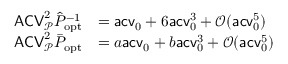
\begin{array} { r l } { \mathsf { A C V } _ { \mathcal P } ^ { 2 } \hat { P } _ { \mathrm { o p t } } ^ { - 1 } } & { = \mathsf { a c v } _ { 0 } + 6 \mathsf { a c v } _ { 0 } ^ { 3 } + \mathcal O ( \mathsf { a c v } _ { 0 } ^ { 5 } ) } \\ { \mathsf { A C V } _ { \mathcal P } ^ { 2 } \bar { P } _ { \mathrm { o p t } } } & { = a \mathsf { a c v } _ { 0 } + b \mathsf { a c v } _ { 0 } ^ { 3 } + \mathcal O ( \mathsf { a c v } _ { 0 } ^ { 5 } ) } \end{array}